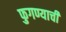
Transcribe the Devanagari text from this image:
फुगण्याची